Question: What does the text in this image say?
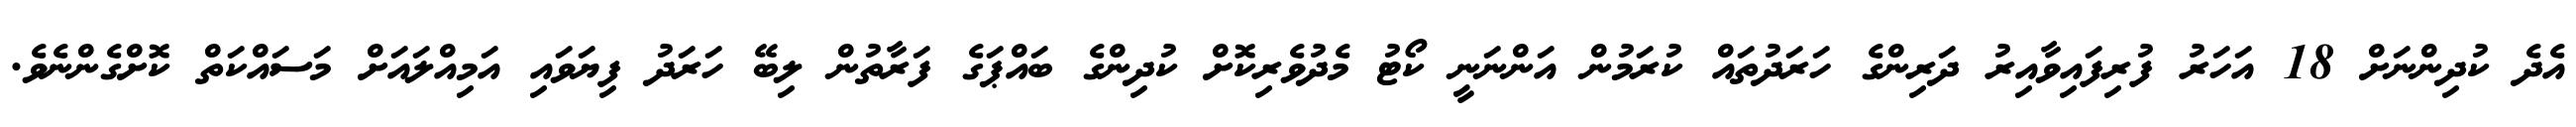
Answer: އެދެ ކުދިންނަށް 18 އަހަރު ފުރިފައިވާއިރު ދަރިންގެ ހަރަދުތައް ކުރަމުން އަންނަނީ ކޯޓު މެދުވެރިކޮށް ކުދިންގެ ބައްޕަގެ ފަރާތުން ލިބޭ ހަރަދު ފިޔަވައި އަމިއްލައަށް މަސައްކަތް ކޮށްގެންނެވެ.